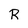
Character: R